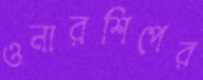
ওনারশিপের